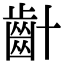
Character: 𪗕